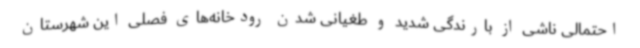
احتمالی ناشی از بارندگی شدید و طغیانی شدن رودخانه‌های فصلی این شهرستان